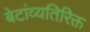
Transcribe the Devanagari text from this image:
बेटांव्यतिरिक्त